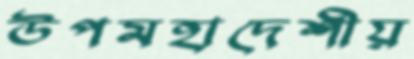
উপমহাদেশীয়